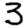
Digit: 3